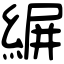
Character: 𦂤